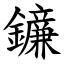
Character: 䥥